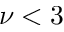
\nu < 3